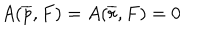
LaTeX: A ( \overline { { { p } } } , F ) = A ( \overline { { { r } } } , F ) = 0